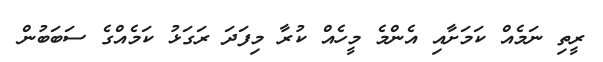
ރީތި ނަމެއް ކަމަށާއި އެންމެ މީހެއް ކުރާ މިފަދަ ރަގަޅު ކަމެއްގެ ސަބަބުން